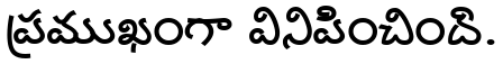
ప్రముఖంగా వినిపించింది.